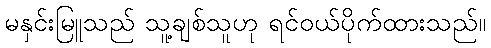
မနှင်းမြူသည် သူ့ချစ်သူဟု ရင်ဝယ်ပိုက်ထားသည်။